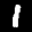
Label: 1